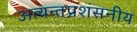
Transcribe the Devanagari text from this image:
अत्यन्तप्रशंसनीय